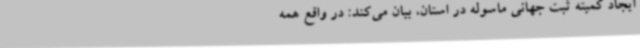
ایجاد کمیته‌ ثبت جهانی ماسوله در استان، بیان می‌کند: در واقع همه‌